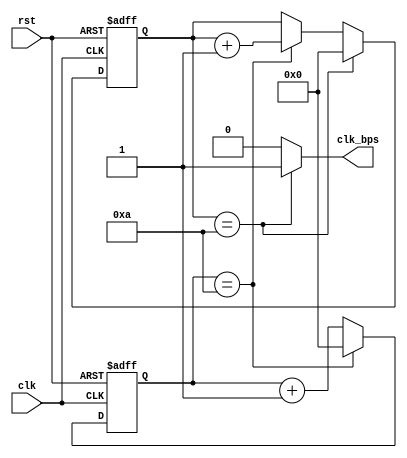
`timescale 1ns / 1ps
module counter(
    input clk,
    input rst,
    output clk_bps
    );
    reg [13:0]ent_first,ent_second;
    always @(posedge clk or posedge rst)
        if(rst)
            ent_first<=14'd0;
        else if(ent_first==14'd10)
            ent_first<=14'd0;
        else 
            ent_first<=ent_first+1'b1;
    always@(posedge clk or posedge rst)
        if(rst)
            ent_second<=14'd0;
        else if(ent_second==14'd10)
            ent_second<=14'd0;
        else if(ent_first==14'd10)
            ent_second<=ent_second+1'b1;
    assign clk_bps = ent_second==14'd10 ? 1'b1 : 1'b0;
endmodule